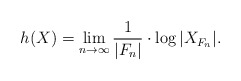
\begin{align*} h(X) = \lim_{n \to \infty}\frac{1}{|F_n|}\cdot \log|X_{F_n}|. \end{align*}